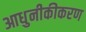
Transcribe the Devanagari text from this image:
आधुनीकीकरण